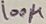
Text: 100µ